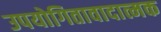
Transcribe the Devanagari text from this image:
उपयोगितावादात्मक